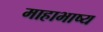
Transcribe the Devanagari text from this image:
माहाभाष्य